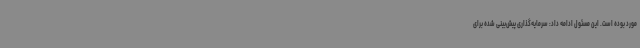
مورد بوده است. این مسئول ادامه داد: سرمایه‌گذاری پیش‌بینی شده برای